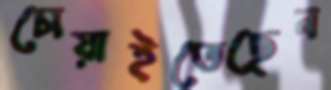
চোয়াইতেছেন